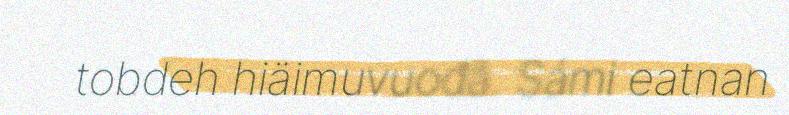
tobdeh hiäimuvuođâ. Sámi eatnan